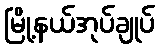
မြို့နယ်အုပ်ချုပ်